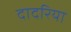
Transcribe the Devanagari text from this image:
दादरिया